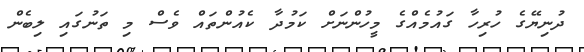
ދުނިޔޭގެ ހުރިހާ ގައުމެއްގެ މީހުންނަށް ކަމުދާ ކެއުންތައް ވެސް މި ތަނުގައި ލިބެން